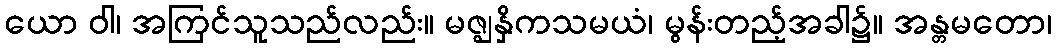
ယော ဝါ၊ အကြင်သူသည်လည်း။ မဇ္ဈနှိကသမယံ၊ မွန်းတည့်အခါ၌။ အန္တမတော၊